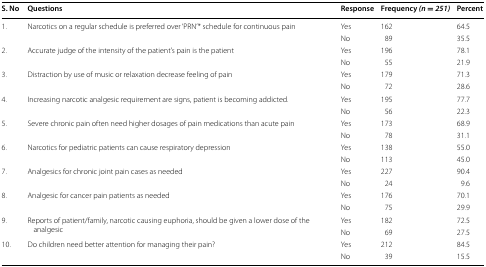
| S. No | Questions | Response | Frequency (n = 251) | Percent |
 | --- | --- | --- | --- | --- |
 | <ROWSPAN=2> 1. | <ROWSPAN=2> Narcotics on a regular schedule is preferred over ‘PRN’* schedule for continuous pain | Yes | 162 | 64.5 |
 | No | 89 | 35.5 |
 | <ROWSPAN=2> 2. | <ROWSPAN=2> Accurate judge of the intensity of the patient’s pain is the patient | Yes | 196 | 78.1 |
 | No | 55 | 21.9 |
 | <ROWSPAN=2> 3. | <ROWSPAN=2> Distraction by use of music or relaxation decrease feeling of pain | Yes | 179 | 71.3 |
 | No | 72 | 28.6 |
 | <ROWSPAN=2> 4. | <ROWSPAN=2> Increasing narcotic analgesic requirement are signs, patient is becoming addicted. | Yes | 195 | 77.7 |
 | No | 56 | 22.3 |
 | <ROWSPAN=2> 5. | <ROWSPAN=2> Severe chronic pain often need higher dosages of pain medications than acute pain | Yes | 173 | 68.9 |
 | No | 78 | 31.1 |
 | <ROWSPAN=2> 6. | <ROWSPAN=2> Narcotics for pediatric patients can cause respiratory depression | Yes | 138 | 55.0 |
 | No | 113 | 45.0 |
 | <ROWSPAN=2> 7. | <ROWSPAN=2> Analgesics for chronic joint pain cases as needed | Yes | 227 | 90.4 |
 | No | 24 | 9.6 |
 | <ROWSPAN=2> 8. | <ROWSPAN=2> Analgesic for cancer pain patients as needed | Yes | 176 | 70.1 |
 | No | 75 | 29.9 |
 | <ROWSPAN=2> 9. | <ROWSPAN=2> Reports of patient/family, narcotic causing euphoria, should be given a lower dose of the analgesic | Yes | 182 | 72.5 |
 | No | 69 | 27.5 |
 | <ROWSPAN=2> 10. | <ROWSPAN=2> Do children need better attention for managing their pain? | Yes | 212 | 84.5 |
 | No | 39 | 15.5 |